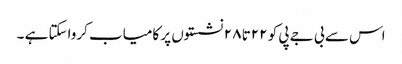
اس سے بی جے پی کو ۲۲تا ۲۸ نشستوں پر کامیاب کرواسکتا ہے ۔